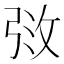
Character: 𫾰